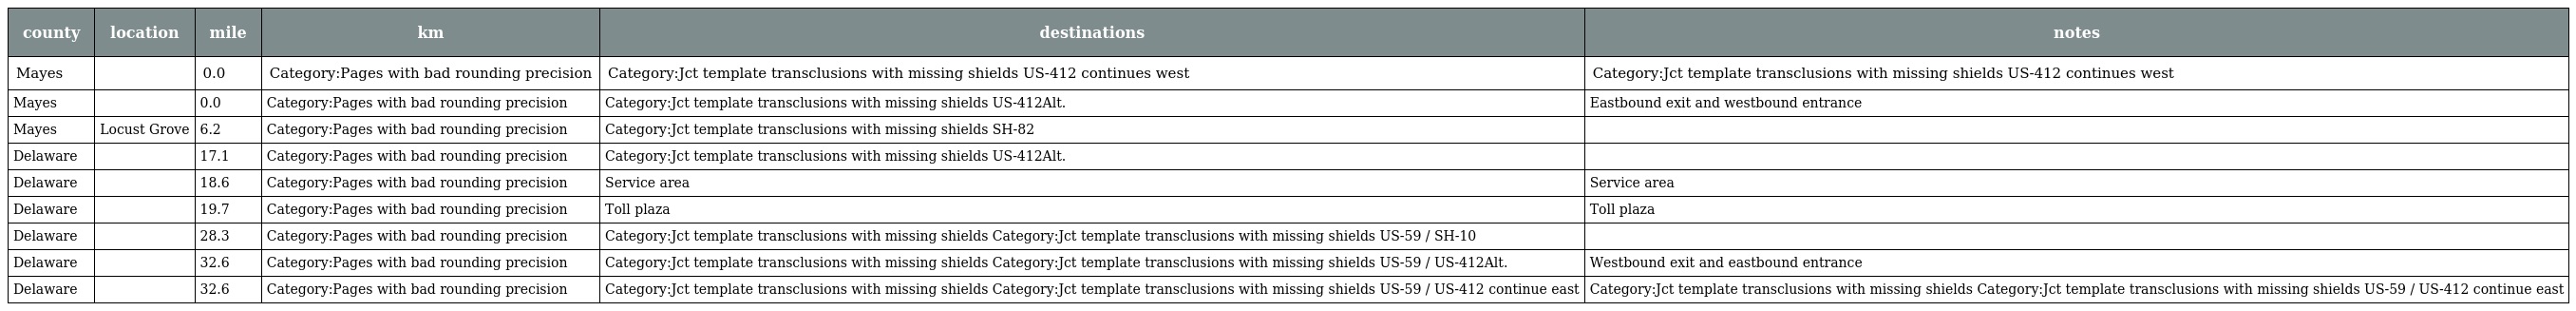
| county | location | mile | km | destinations | notes |
 | --- | --- | --- | --- | --- | --- |
 | Mayes |  | 0.0 | Category:Pages with bad rounding precision | Category:Jct template transclusions with missing shields US-412 continues west | Category:Jct template transclusions with missing shields US-412 continues west |
 | Mayes |  | 0.0 | Category:Pages with bad rounding precision | Category:Jct template transclusions with missing shields US-412Alt. | Eastbound exit and westbound entrance |
 | Mayes | Locust Grove | 6.2 | Category:Pages with bad rounding precision | Category:Jct template transclusions with missing shields SH-82 |  |
 | Delaware |  | 17.1 | Category:Pages with bad rounding precision | Category:Jct template transclusions with missing shields US-412Alt. |  |
 | Delaware |  | 18.6 | Category:Pages with bad rounding precision | Service area | Service area |
 | Delaware |  | 19.7 | Category:Pages with bad rounding precision | Toll plaza | Toll plaza |
 | Delaware |  | 28.3 | Category:Pages with bad rounding precision | Category:Jct template transclusions with missing shields Category:Jct template transclusions with missing shields US-59 / SH-10 |  |
 | Delaware |  | 32.6 | Category:Pages with bad rounding precision | Category:Jct template transclusions with missing shields Category:Jct template transclusions with missing shields US-59 / US-412Alt. | Westbound exit and eastbound entrance |
 | Delaware |  | 32.6 | Category:Pages with bad rounding precision | Category:Jct template transclusions with missing shields Category:Jct template transclusions with missing shields US-59 / US-412 continue east | Category:Jct template transclusions with missing shields Category:Jct template transclusions with missing shields US-59 / US-412 continue east |